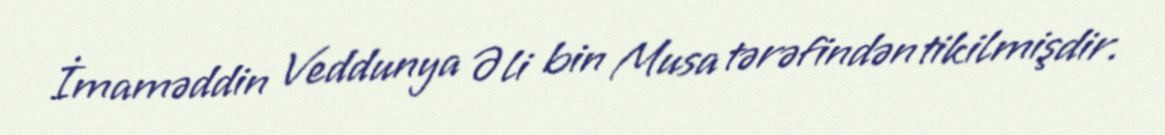
İmaməddin Veddunya Əli bin Musa tərəfindən tikilmişdir.